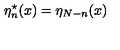
\eta _ { n } ^ { \star } ( x ) = \eta _ { N - n } ( x )